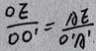
\frac { O E } { O O ^ { \prime } } = \frac { A E } { O ^ { \prime } A ^ { \prime } }